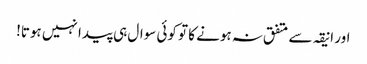
اور انیقہ سے متفق نہ ہونے کا تو کوئی سوال ہی پیدا نہیں ہوتا!